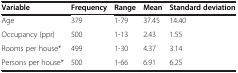
| Variable | Frequency | Range | Mean | Standard deviation |
 | --- | --- | --- | --- | --- |
 | Age | 379 | 1-79 | 37.45 | 14.40 |
 | Occupancy (ppr) | 500 | 1-13 | 2.43 | 1.55 |
 | Rooms per house* | 499 | 1-30 | 4.37 | 3.14 |
 | Persons per house* | 500 | 1-66 | 6.91 | 6.25 |